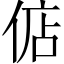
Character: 𫢶